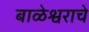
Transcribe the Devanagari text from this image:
बाळेश्वराचे